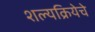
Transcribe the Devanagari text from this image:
शल्यक्रियेचे